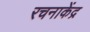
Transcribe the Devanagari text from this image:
रचनाकेंद्र